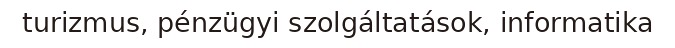
turizmus, pénzügyi szolgáltatások, informatika